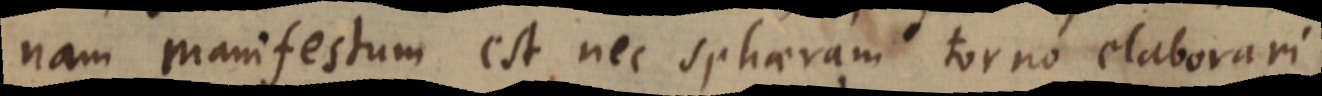
nam manifestum est nec sphaeram torno elaborari